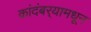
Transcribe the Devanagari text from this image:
कांदंबर्‍यामधून